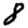
Digit: 8